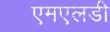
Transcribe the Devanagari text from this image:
एमएलडी